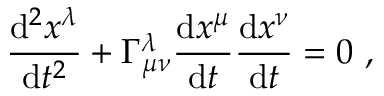
{ \frac { \mathrm { { d } } ^ { 2 } x ^ { \lambda } } { \mathrm { { d } } t ^ { 2 } } } + \Gamma _ { \mu \nu } ^ { \lambda } { \frac { \mathrm { { d } } x ^ { \mu } } { \mathrm { { d } } t } } { \frac { \mathrm { { d } } x ^ { \nu } } { \mathrm { { d } } t } } = 0 \ ,